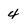
Character: 4